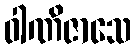
ဝါဏိဇာသေ